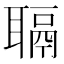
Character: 𫆋